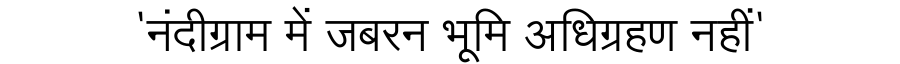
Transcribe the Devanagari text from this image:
'नंदीग्राम में जबरन भूमि अधिग्रहण नहीं'